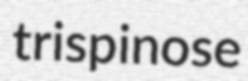
trispinose